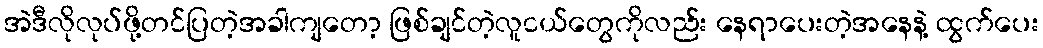
အဲဒီလိုလုပ်ဖို့တင်ပြတဲ့အခါကျတော့ ဖြစ်ချင်တဲ့လူငယ်တွေကိုလည်း နေရာပေးတဲ့အနေနဲ့ ထွက်ပေး